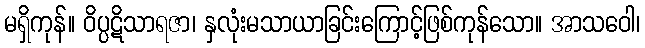
မရှိကုန်။ ဝိပ္ပဋိသာရဇာ၊ နှလုံးမသာယာခြင်းကြောင့်ဖြစ်ကုန်သော။ အာသဝေါ၊